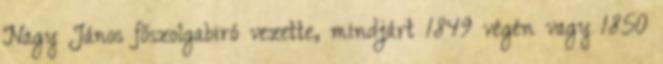
Nagy János főszolgabiró vezette, mindjárt 1849 végén vagy 1850